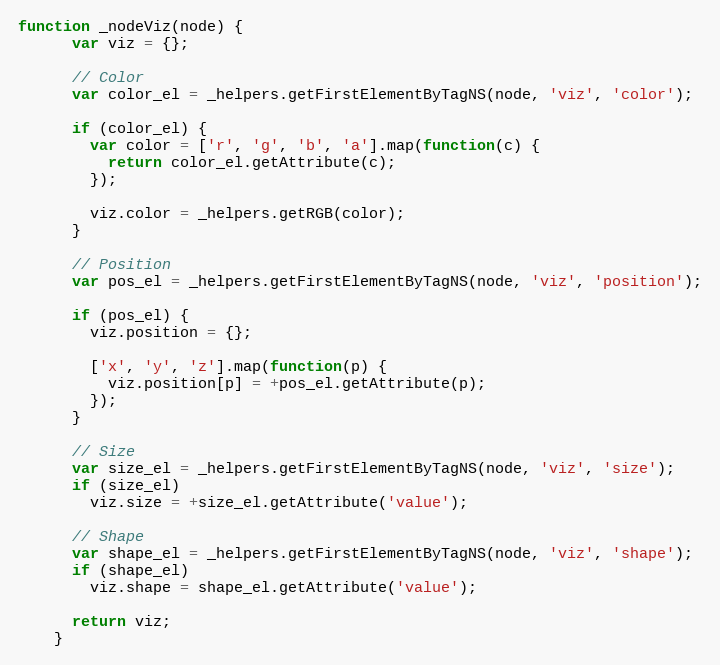
Language: JavaScript
function _nodeViz(node) {
      var viz = {};

      // Color
      var color_el = _helpers.getFirstElementByTagNS(node, 'viz', 'color');

      if (color_el) {
        var color = ['r', 'g', 'b', 'a'].map(function(c) {
          return color_el.getAttribute(c);
        });

        viz.color = _helpers.getRGB(color);
      }

      // Position
      var pos_el = _helpers.getFirstElementByTagNS(node, 'viz', 'position');

      if (pos_el) {
        viz.position = {};

        ['x', 'y', 'z'].map(function(p) {
          viz.position[p] = +pos_el.getAttribute(p);
        });
      }

      // Size
      var size_el = _helpers.getFirstElementByTagNS(node, 'viz', 'size');
      if (size_el)
        viz.size = +size_el.getAttribute('value');

      // Shape
      var shape_el = _helpers.getFirstElementByTagNS(node, 'viz', 'shape');
      if (shape_el)
        viz.shape = shape_el.getAttribute('value');

      return viz;
    }